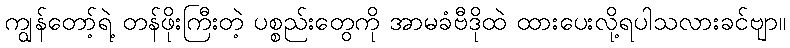
ကျွန်တော့်ရဲ့ တန်ဖိုးကြီးတဲ့ ပစ္စည်းတွေကို အာမခံဗီဒိုထဲ ထားပေးလို့ရပါသလားခင်ဗျာ။